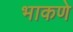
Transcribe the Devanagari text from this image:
भाकणे